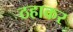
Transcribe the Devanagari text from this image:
ठहाकर